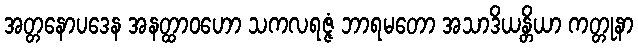
အတ္တနောပဒေန အနတ္ထာဝဟော သကလရဇ္ဇံ ဘာရမတော အသာဒိယန္တိယာ ကတ္တုနာ